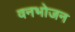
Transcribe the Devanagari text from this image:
वनभोजन